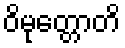
ဝိမုတ္တောတိ